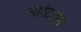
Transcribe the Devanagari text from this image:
सॉरेंटाइन